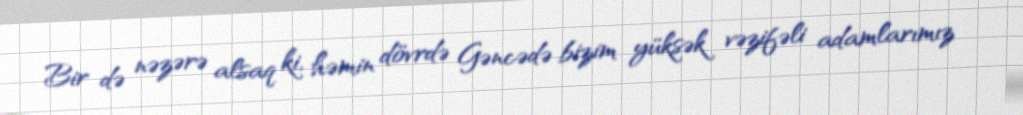
Bir də nəzərə alsaq ki, həmin dövrdə Gəncədə bizim yüksək vəzifəli adamlarımız